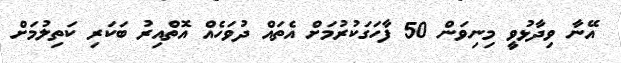
އޭނާ ވިދާޅުވީ މިނިވަން 50 ފާހަަގަކުރުމަށް އެތައް ދުވަހެއް އޮތްއިރު ބަކަރި ކަތިލުމަށް